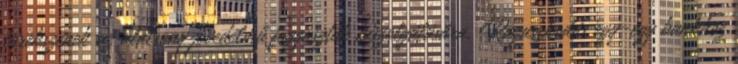
törekszenek az alacsony jövedelmű fogyasztók kiszolgálására. Ragaszkodás egy-egy bankhoz